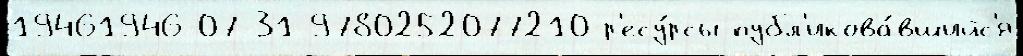
19461946-07-31 9780252077210 р'есу́рсы публ'икова́вшийс'я